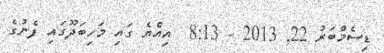
ޑިސެމްބަރު 22